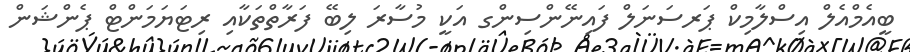
ބީއެމްއެލް އިސްލާމިކް ޕަރސަނަލް ފައިނޭންސިންގ އަކީ މުސާރަ ލިބޭ ފަރާތްތަކާއި ރިޓަޔަމަންޓް ޕެންޝަން